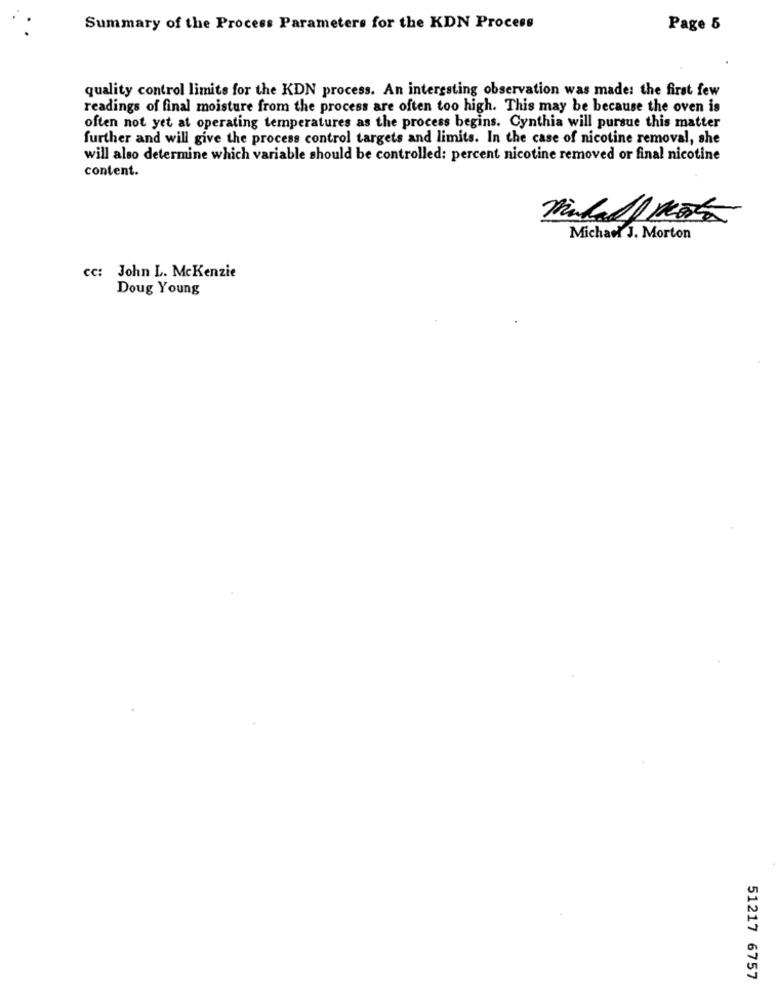
Summary of the Process Parameters for the KDN Process
Page 5
quality control limits for the KDN process. An interesting observation was made: the first few
readings of final moisture from the process are often too high. This may be because the oven is
often not yet at operating temperatures as the process begins. Cynthia will pursue this matter
further and will give the process control targets and limits. In the case of nicotine removal, she
will also determine which variable should be controlled: percent nicotine removed or final nicotine
content.
Michael J. Morton
cc: John L. Mckenzie
Doug Young
51217 6757